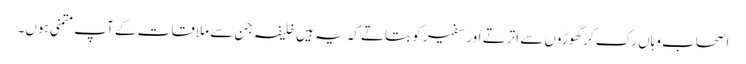
اصحاب وہاں رک کر گھوڑوں سے اترتے اور سفیر کو بتاتے کہ یہ ہیں خلیفہ جن سے ملاقات کے آپ متمنی ہوں۔